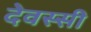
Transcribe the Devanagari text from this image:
देवस्सी